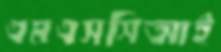
এমএসসিআই